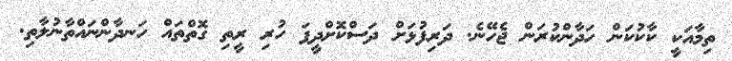
ތިމާއަކީ ކާކުކަން ހަދާންކުރަން ޖެހޭނެ. ދަރިފުޅަށް ދަސްކޮށްދީފަ ހުރި ރީތި ގޮތްތައް ހަނދާންނައްތާނުލާތި.